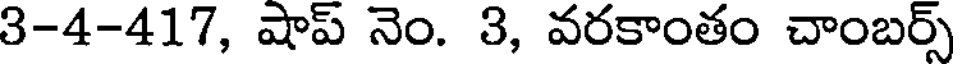
3-4-417, షాప్ నెం. 3, వరకాంతం చాంబర్స్